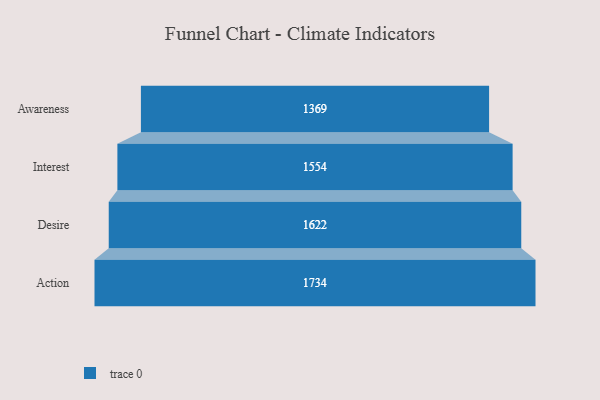
{"axis": {"x": "Stage", "y": "Value"}, "legend": [""], "data": [{"x": "Awareness", "y": 1369.0, "type": ""}, {"x": "Interest", "y": 1554.0, "type": ""}, {"x": "Desire", "y": 1622.0, "type": ""}, {"x": "Action", "y": 1734.0, "type": ""}]}